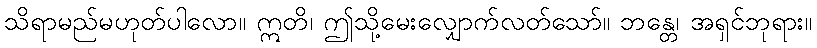
သိရာမည်မဟုတ်ပါလော။ ဣတိ၊ ဤသို့မေးလျှောက်လတ်သော်။ ဘန္တေ၊ အရှင်ဘုရား။